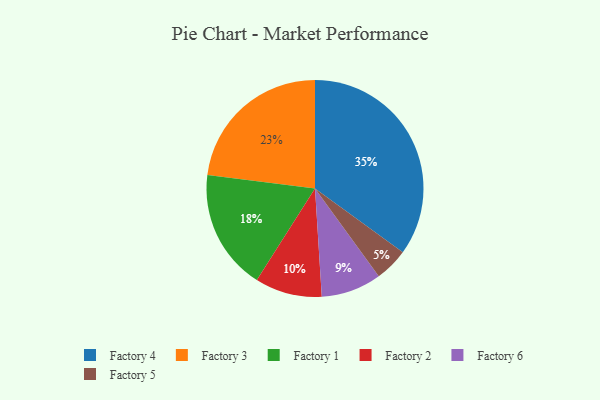
{"axis": {"x": "Category", "y": "Percentage"}, "legend": ["Factory 1", "Factory 2", "Factory 3", "Factory 4", "Factory 5", "Factory 6"], "data": [{"x": "Factory 3", "y": 23, "type": "Factory 3"}, {"x": "Factory 4", "y": 35, "type": "Factory 4"}, {"x": "Factory 2", "y": 10, "type": "Factory 2"}, {"x": "Factory 1", "y": 18, "type": "Factory 1"}, {"x": "Factory 6", "y": 9, "type": "Factory 6"}, {"x": "Factory 5", "y": 5, "type": "Factory 5"}]}